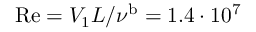
\mathrm { R e } = V _ { 1 } L / \nu ^ { \mathrm { b } } = 1 . 4 \cdot 1 0 ^ { 7 }